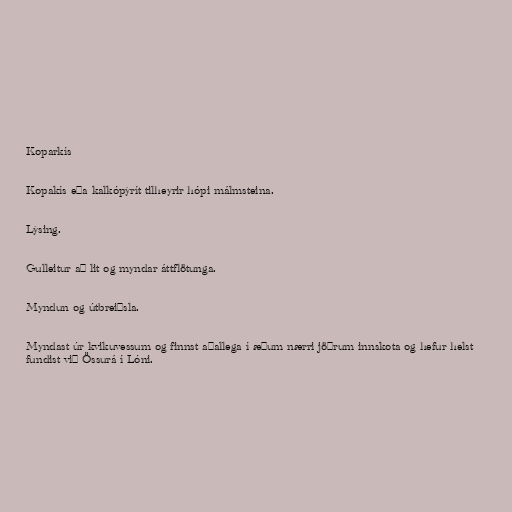
Koparkís

Kopakís eða kalkópýrít tilheyrir hópi málmsteina.

Lýsing.

Gulleitur að lit og myndar áttflötunga.

Myndun og útbreiðsla.

Myndast úr kvikuvessum og finnst aðallega í æðum nærri jöðrum innskota og hefur helst
fundist við Össurá í Lóni.